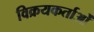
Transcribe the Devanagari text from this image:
विक्रयकर्ताओं